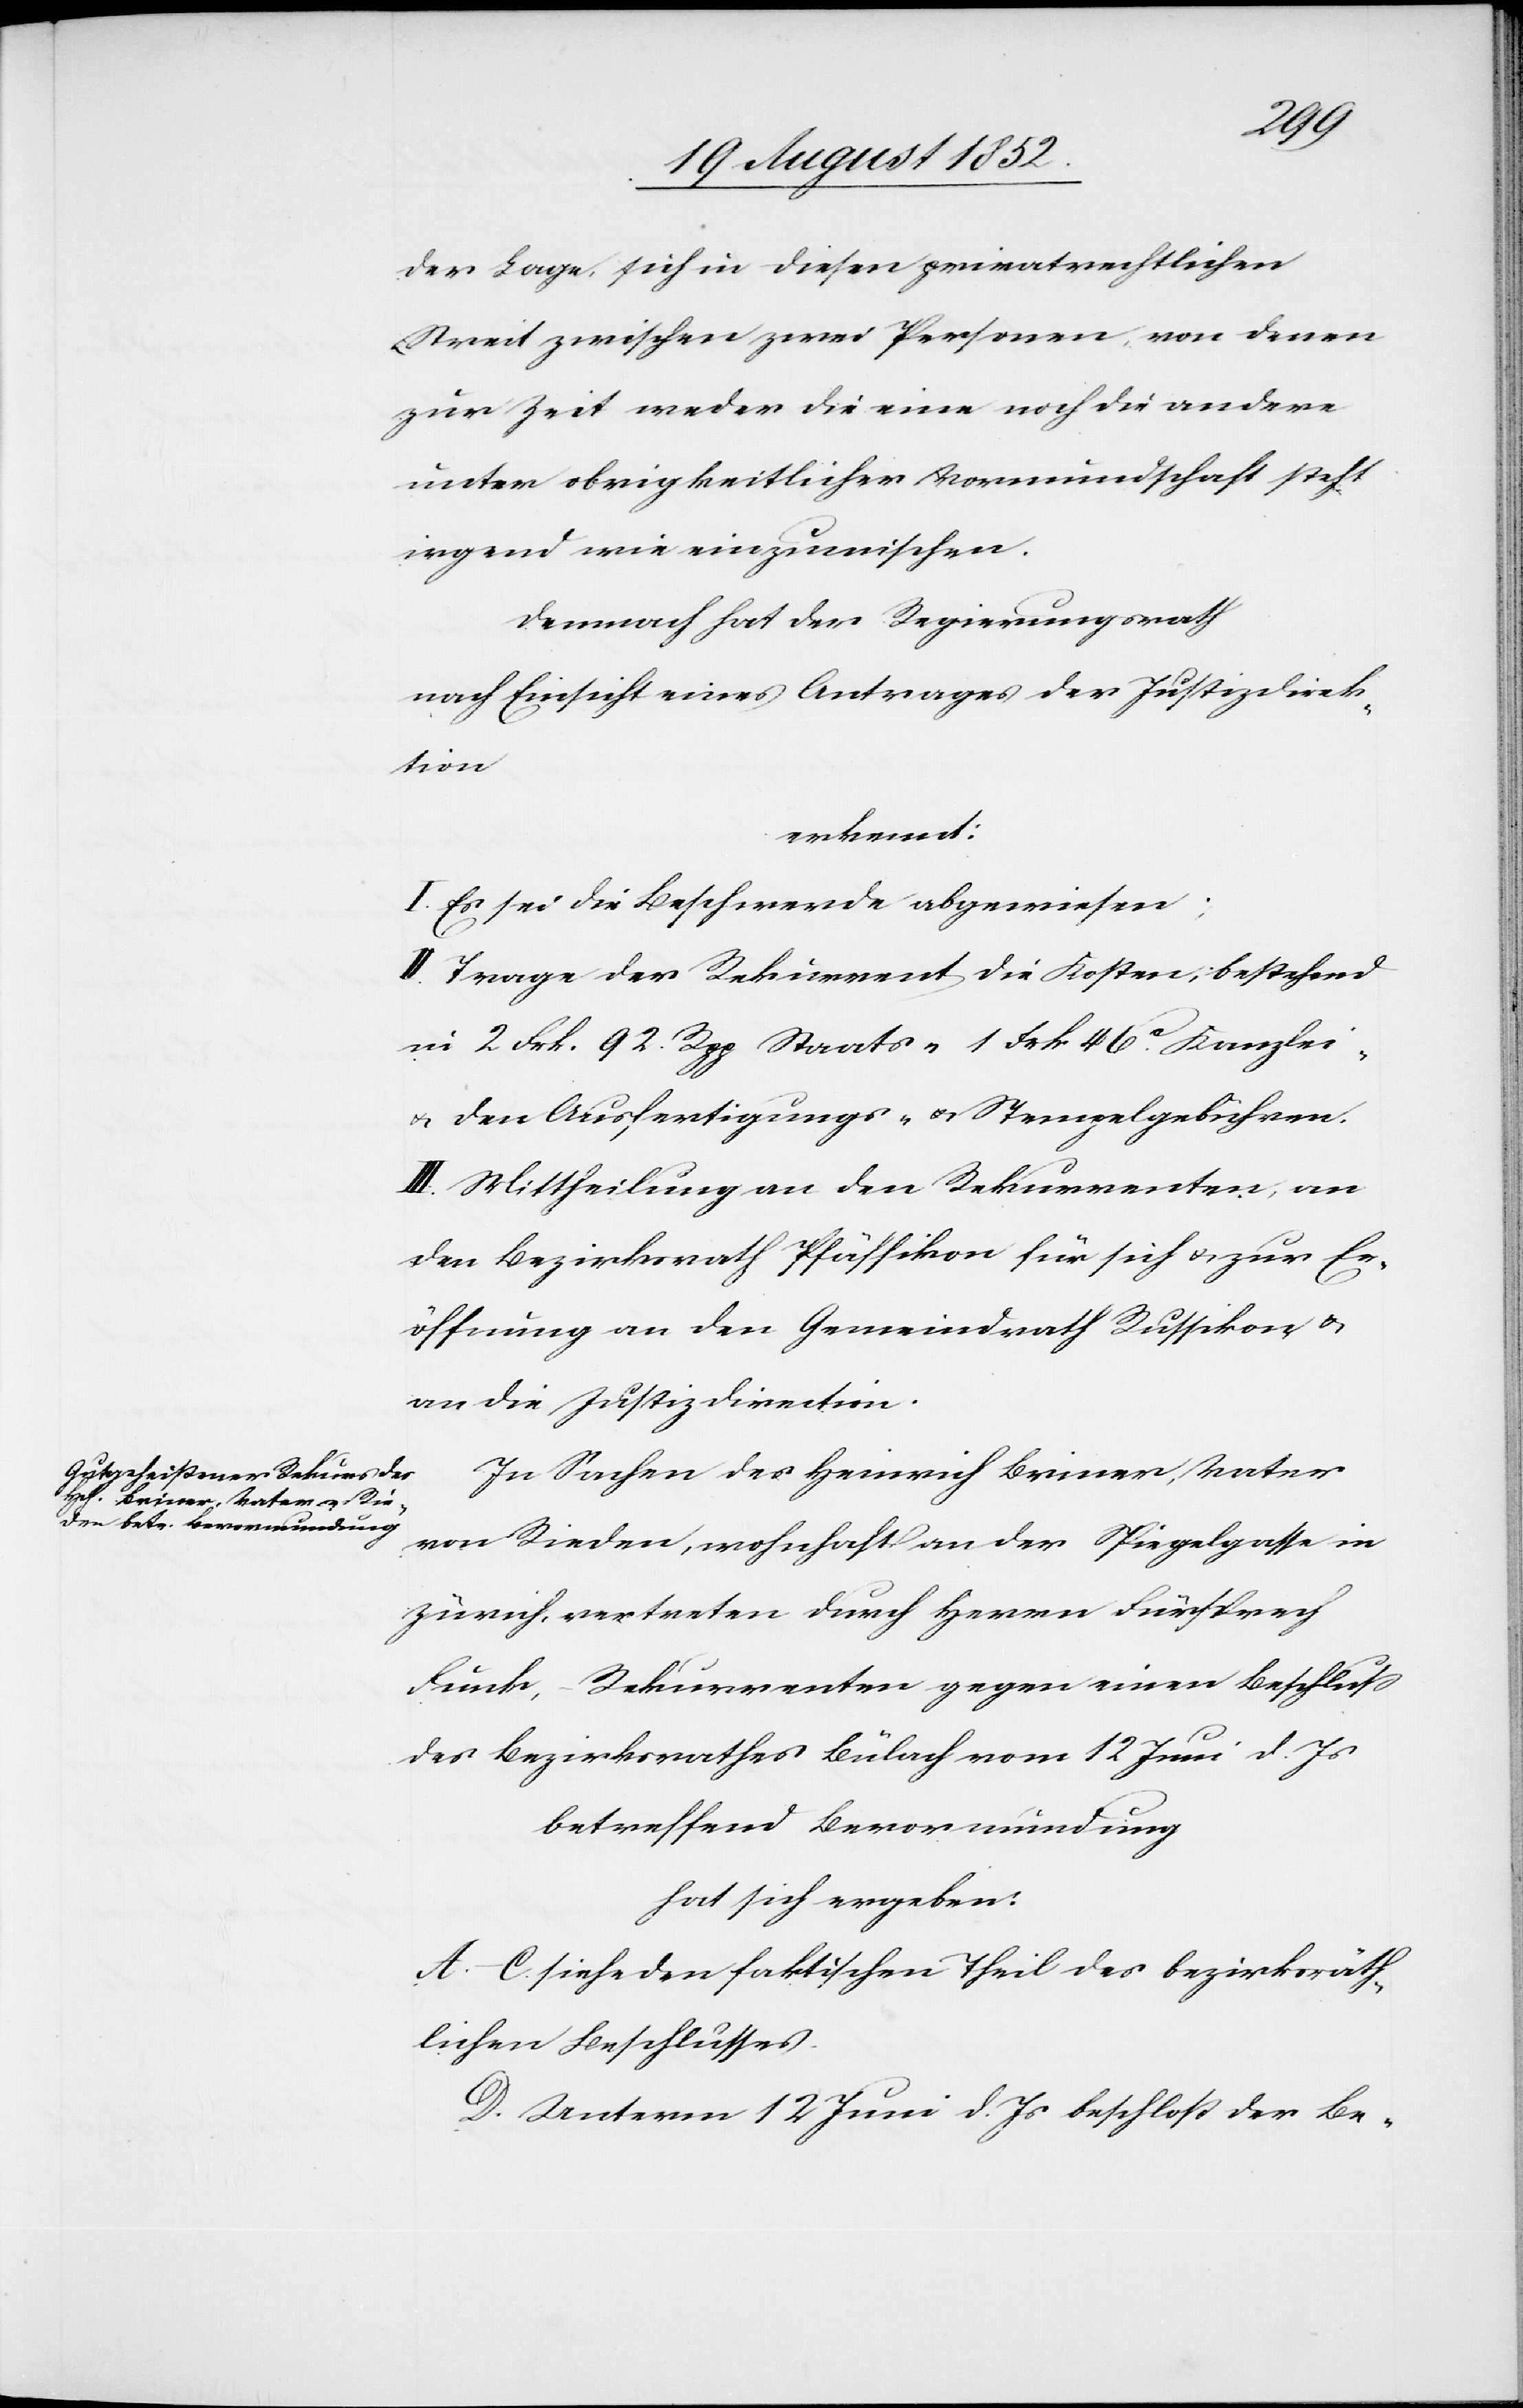
der Lage, sich in diesen privatrechtlichen
Streit zwischen zwei Personen, von denen
zur Zeit weder die eine noch die andere
unter obrigkeitlicher Vormundschaft steht
irgend wie einzumischen.
Demnach hat der Regierungsrath
nach Einsicht eines Antrages der Justizdirek¬
tion
erkennt:
I. Es sei die Beschwerde abgewiesen;
II. Trage der Rekurrent die Kosten; bestehend
in 2 Frk. 92. Rpp Staats-[,] 1 Frk 46[?rp]. Kanzlei-
& den Ausfertigungs- & Stempelgebühren.
III. Mittheilung an den Rekurrenten, an
den Bezirksrath Pfäffikon für sich & zur Er¬
öffnung an den Gemeindrath Russikon, &
an die Justizdirection.
In Sachen des Heinrich Briner, Vater
von Rieden, wohnhaft an der Spiegelgasse in
Zürich, vertreten durch Herrn Fürsprech
Funk, – Rekurrenten gegen einen Beschluss
des Bezirksrathes Bülach vom 12 Juni d. Js
betreffend Bevormundung
hat sich ergeben:
A.–C. siehe den faktischen Theil des bezirksräth¬
lichen Beschlusses.
D. Unterm 12 Juni d. Js beschloß der Be-